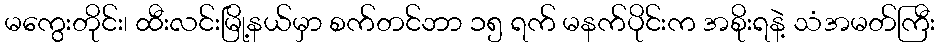
မကွေးတိုင်း၊ ထီးလင်းမြို့နယ်မှာ စက်တင်ဘာ ၁၅ ရက် မနက်ပိုင်းက အစိုးရနဲ့ သံအမတ်ကြီး